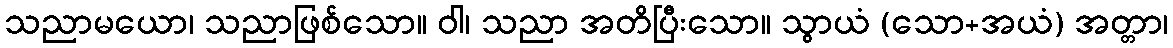
သညာမယော၊ သညာဖြစ်သော။ ဝါ၊ သညာ အတိပြီးသော။ သွာယံ (သော+အယံ) အတ္တာ၊